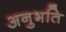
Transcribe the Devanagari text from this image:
अनुभति